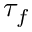
\tau _ { f }